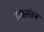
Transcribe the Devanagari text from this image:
ऐक्सोन